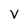
Character: v